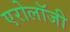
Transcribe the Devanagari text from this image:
एरोलॉजी